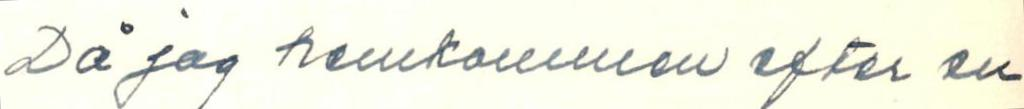
Då jag hemkommen efter en